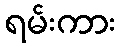
ရမ်းကား